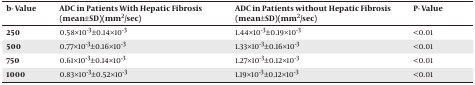
<table><thead><tr><td><b>b- Value</b></td><td><b>ADC in Patients With Hepatic Fibrosis (mean±SD)(mm<sup>2</sup>/sec)</b></td><td><b>ADC in Patients without Hepatic Fibrosis (mean±SD)(mm<sup>2</sup>/sec)</b></td><td><b>P- Value</b></td></tr></thead><tbody><tr><td>250</td><td>0.58×10<sup>-3</sup>±0.14×10<sup>-3</sup></td><td>1.44×10<sup>-3</sup>±0.19×10<sup>-3</sup></td><td>&lt;0.01</td></tr><tr><td>500</td><td>0.77×10<sup>-3</sup>±0.16×10<sup>-3</sup></td><td>1.33×10<sup>-3</sup>±0.16×10<sup>-3</sup></td><td>&lt;0.01</td></tr><tr><td>750</td><td>0.61×10<sup>-3</sup>±0.14×10<sup>-3</sup></td><td>1.27×10<sup>-3</sup>±0.12×10<sup>-3</sup></td><td>&lt;0.01</td></tr><tr><td>1000</td><td>0.83×10<sup>-3</sup>±0.52×10<sup>-3</sup></td><td>1.19×10<sup>-3</sup>±0.12×10<sup>-3</sup></td><td>&lt;0.01</td></tr></tbody></table>